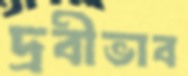
দ্রবীভাব